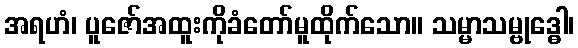
အရဟံ၊ ပူဇော်အထူးကိုခံတော်မူထိုက်သော။ သမ္မာသမ္ဗုဒ္ဓေါ၊